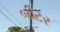
બીટર